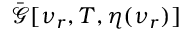
\bar { \mathcal { G } } [ \nu _ { r } , T , \eta ( \nu _ { r } ) ]